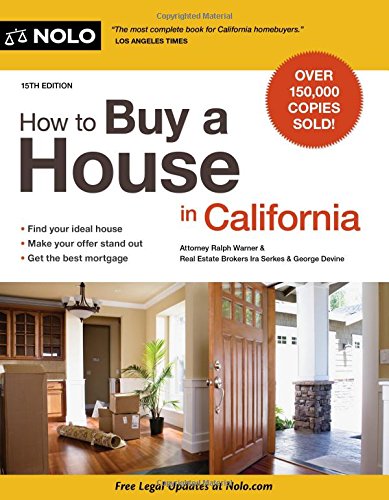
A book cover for How to Buy a House in California; Ralph Warner Attorney; Business & Money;